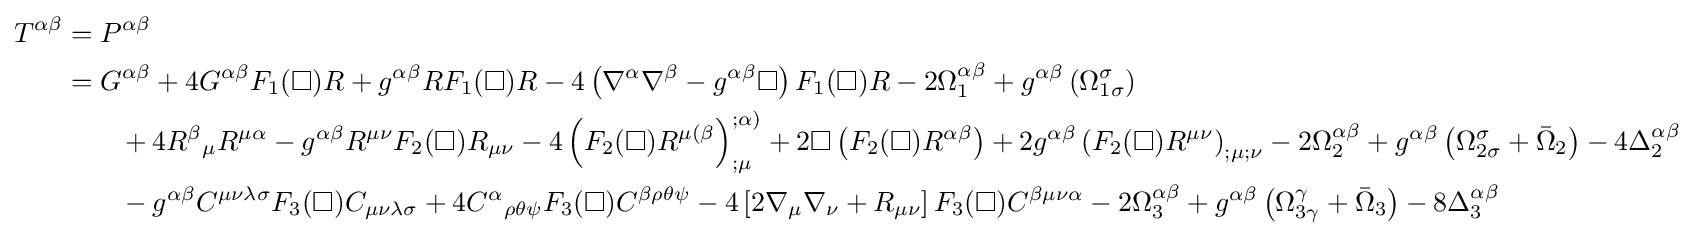
{\begin{aligned}T^{\alpha \beta }&=P^{\alpha \beta }\\&=G^{\alpha \beta }+4G^{\alpha \beta }F_{1}(\Box )R+g^{\alpha \beta }RF_{1}(\Box )R-4\left(\nabla ^{\alpha }\nabla ^{\beta }-g^{\alpha \beta }\Box \right)F_{1}(\Box )R-2\Omega _{1}^{\alpha \beta }+g^{\alpha \beta }\left(\Omega _{1\sigma }^{\sigma }\right)\\&\qquad +4{R^{\beta }}_{\mu }R^{\mu \alpha }-g^{\alpha \beta }R^{\mu \nu }F_{2}(\Box )R_{\mu \nu }-4\left(F_{2}(\Box )R^{\mu (\beta }\right)_{;\mu }^{;\alpha )}+2\Box \left(F_{2}(\Box )R^{\alpha \beta }\right)+2g^{\alpha \beta }\left(F_{2}(\Box )R^{\mu \nu }\right)_{;\mu ;\nu }-2\Omega _{2}^{\alpha \beta }+g^{\alpha \beta }\left(\Omega _{2\sigma }^{\sigma }+{\bar {\Omega }}_{2}\right)-4\Delta _{2}^{\alpha \beta }\\&\qquad -g^{\alpha \beta }C^{\mu \nu \lambda \sigma }F_{3}(\Box )C_{\mu \nu \lambda \sigma }+4{C^{\alpha }}_{\rho \theta \psi }F_{3}(\Box )C^{\beta \rho \theta \psi }-4\left[2\nabla _{\mu }\nabla _{\nu }+R_{\mu \nu }\right]F_{3}(\Box )C^{\beta \mu \nu \alpha }-2\Omega _{3}^{\alpha \beta }+g^{\alpha \beta }\left(\Omega _{3\gamma }^{\gamma }+{\bar {\Omega }}_{3}\right)-8\Delta _{3}^{\alpha \beta }\end{aligned}}